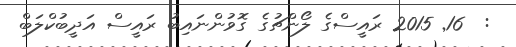
:  16